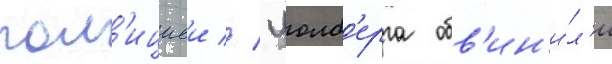
пол'ициеи // Уолб'ерга обв'ин'и́л'и